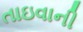
તાઇવાની